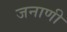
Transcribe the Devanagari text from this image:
जनाणी